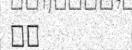
٤٧